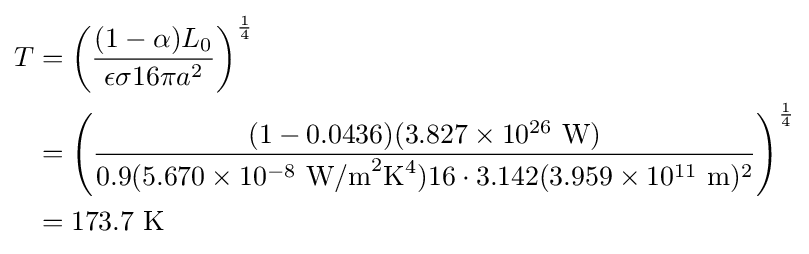
{\begin{aligned}T&=\left({\frac {(1-\alpha )L_{0}}{\epsilon \sigma 16\pi a^{2}}}\right)^{\frac {1}{4}}\\&=\left({\frac {(1-0.0436)(3.827\times 10^{26}\ {\mbox{W}})}{0.9(5.670\times 10^{-8}\ {\mbox{W/m}}^{2}{\mbox{K}}^{4})16\cdot 3.142(3.959\times 10^{11}\ {\mbox{m}})^{2}}}\right)^{\frac {1}{4}}\\&=173.7\ {\mbox{K}}\end{aligned}}